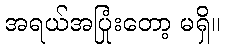
အရယ်အပြုံးတော့ မရှိ။